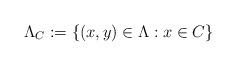
LaTeX: \begin{align*} \Lambda_C:=\{(x,y) \in \Lambda : x \in C\}\end{align*}